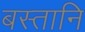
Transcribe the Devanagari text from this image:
बस्तानि